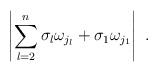
LaTeX: \begin{align*} \left|\sum_{l=2}^n\sigma_l\omega_{j_l}+\sigma_1\omega_{j_1}\right|\ . \end{align*}